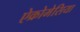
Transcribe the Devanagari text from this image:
ऐक्रोमेसिया